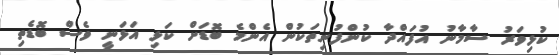
ކުޅިވަރު ސާމާނު އުފައްދާ ކުންފުނިތަކުން އެންމެ ބޮޑަށް ކަޅި އަޅަނީ ވެސް ބޮޑެތި